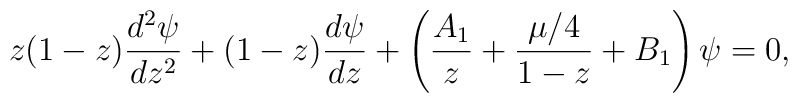
z(1-z) { d^2 \psi \over dz^2} + (1-z) { d \psi \over dz } + \left ( { A_1 \over z} + { \mu/4 \over {1-z}} + B_1 \right ) \psi =0,